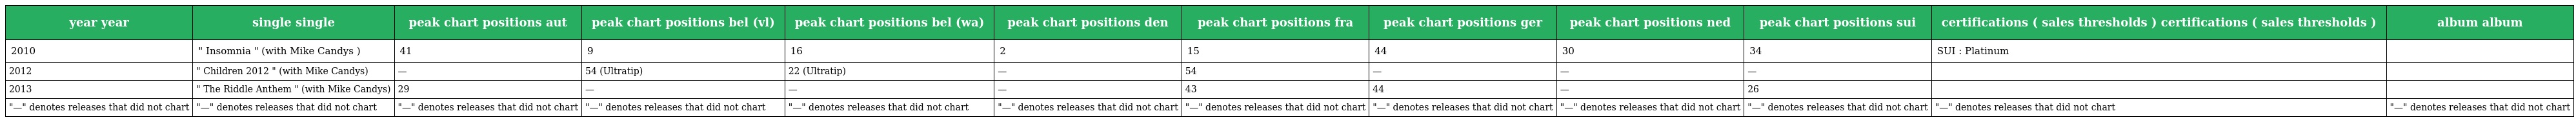
| year year | single single | peak chart positions aut | peak chart positions bel (vl) | peak chart positions bel (wa) | peak chart positions den | peak chart positions fra | peak chart positions ger | peak chart positions ned | peak chart positions sui | certifications ( sales thresholds ) certifications ( sales thresholds ) | album album |
 | --- | --- | --- | --- | --- | --- | --- | --- | --- | --- | --- | --- |
 | 2010 | " Insomnia " (with Mike Candys ) | 41 | 9 | 16 | 2 | 15 | 44 | 30 | 34 | SUI : Platinum |  |
 | 2012 | " Children 2012 " (with Mike Candys) | — | 54 (Ultratip) | 22 (Ultratip) | — | 54 | — | — | — |  |  |
 | 2013 | " The Riddle Anthem " (with Mike Candys) | 29 | — | — | — | 43 | 44 | — | 26 |  |  |
 | "—" denotes releases that did not chart | "—" denotes releases that did not chart | "—" denotes releases that did not chart | "—" denotes releases that did not chart | "—" denotes releases that did not chart | "—" denotes releases that did not chart | "—" denotes releases that did not chart | "—" denotes releases that did not chart | "—" denotes releases that did not chart | "—" denotes releases that did not chart | "—" denotes releases that did not chart | "—" denotes releases that did not chart |